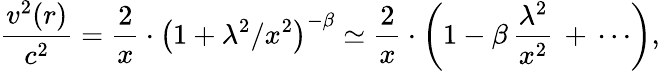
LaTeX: \frac{v^{2}(r)}{c^{2}}=\frac{2}{x}\cdot\left(1+\lambda^{2}/x^{2}\right)^{-\beta}\simeq\frac{2}{x}\cdot\left(1-\beta\, \frac{\lambda^{2}}{x^{2}}\, +\, \cdots\right),